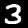
Label: 3